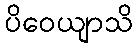
ပိဝေယျာသိ